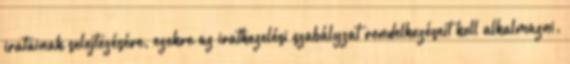
iratainak selejtezésére, ezekre az iratkezelési szabályzat rendelkezéseit kell alkalmazni.